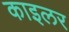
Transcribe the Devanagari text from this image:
काइलर